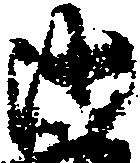
沙